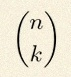
\binom{n}{k}